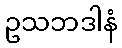
ဥသဘဒါနံ